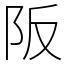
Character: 阪